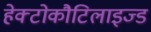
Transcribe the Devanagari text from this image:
हेक्टोकौटिलाइज्ड